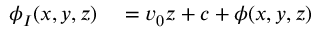
\begin{array} { r l } { \phi _ { I } ( x , y , z ) } & { { } = { } v _ { 0 } z + c + \phi ( x , y , z ) } \end{array}